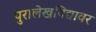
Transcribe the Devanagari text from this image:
पुरालेखविद्यावर